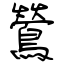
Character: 鶯